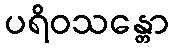
ပရိဝသန္တော